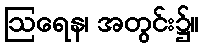
ဩရေန၊ အတွင်း၌။